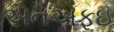
એનએફઇ